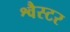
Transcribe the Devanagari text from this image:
श्वैस्टर